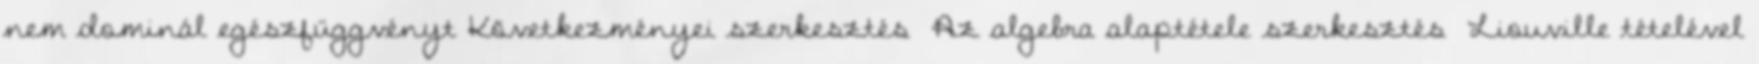
nem dominál egészfüggvényt Következményei szerkesztés Az algebra alaptétele szerkesztés Liouville tételével